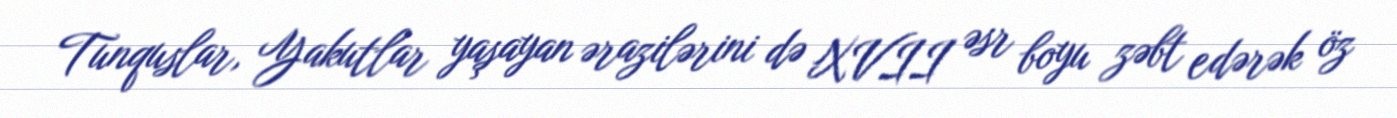
Tunquslar, Yakutlar yaşayan ərazilərini də XVII əsr boyu zəbt edərək öz